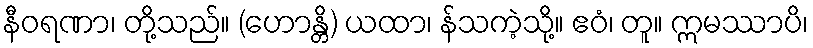
နီဝရဏာ၊ တို့သည်။ (ဟောန္တိ) ယထာ၊ န်သကဲ့သို့။ ဧဝံ၊ တူ။ ဣမဿာပိ၊